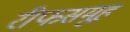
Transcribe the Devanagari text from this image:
रीफसमूह